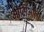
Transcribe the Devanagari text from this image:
ओसिओला